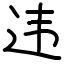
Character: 违